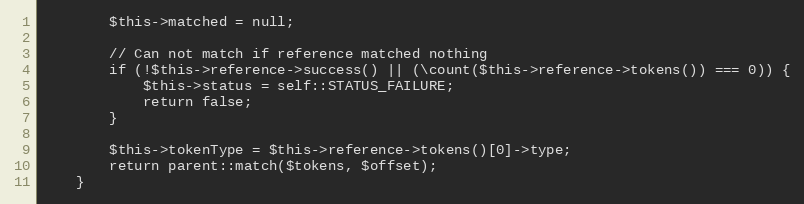
Language: PHP
		$this->matched = null;

		// Can not match if reference matched nothing
		if (!$this->reference->success() || (\count($this->reference->tokens()) === 0)) {
			$this->status = self::STATUS_FAILURE;
			return false;
		}

		$this->tokenType = $this->reference->tokens()[0]->type;
		return parent::match($tokens, $offset);
	}